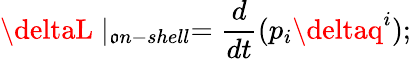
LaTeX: \deltaL\mid_{\mathfrak{o}n-shell}=\frac{{d}}{{dt}}(p_{i}\deltaq^{i});